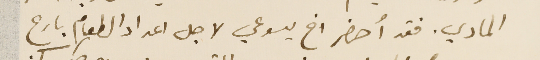
المادي. فقد أحضر اخ يسوعي لاجل اعداد الطعام بارع